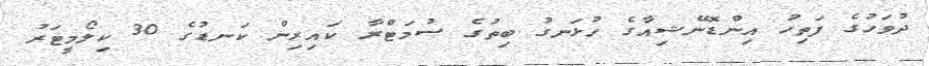
ދުވަހުގެ ފަތިހު އިންޑޮނޭޝިއާގެ ހުޅަނގު ބިތުގެ ސުމަޓްރާ ކައިރިން ކަނޑުގެ 30 ކިލޯމީޓަރު